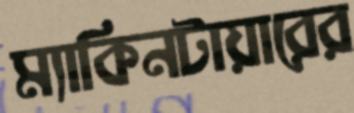
ম্যাকিনটায়ারের